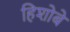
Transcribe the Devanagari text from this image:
हिशोबे